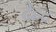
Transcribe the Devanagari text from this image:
देहद